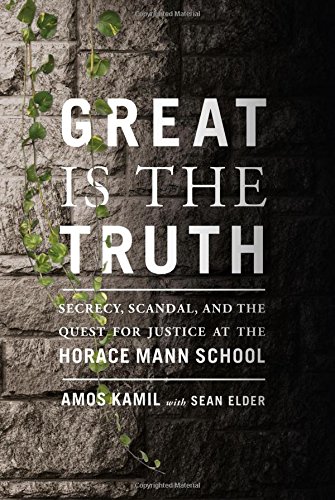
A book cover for Great Is the Truth: Secrecy, Scandal, and the Quest for Justice at the Horace Mann School; Amos Kamil; Biographies & Memoirs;